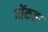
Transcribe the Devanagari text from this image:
ठोंकता